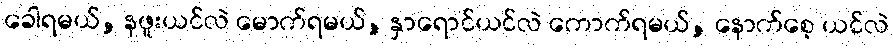
ခေါရမယ်, နဖူးယင်လဲ မောက်ရမယ်, နှာရောင်ယင်လဲ ကောက်ရမယ်, နောက်စေ့ ယင်လဲ